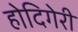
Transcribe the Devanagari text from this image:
होदिगेरी